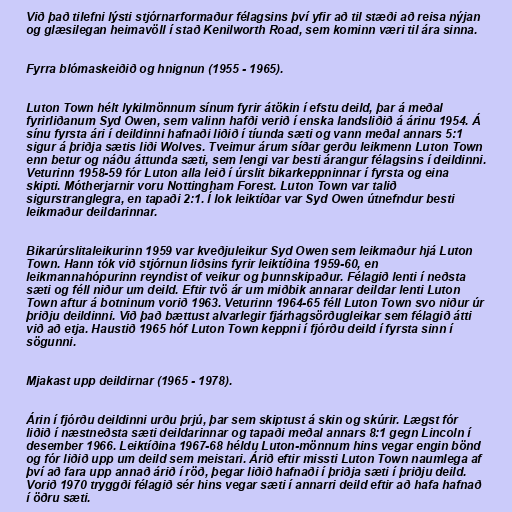
Við það tilefni lýsti stjórnarformaður félagsins því yfir að til stæði að reisa nýjan
og glæsilegan heimavöll í stað Kenilworth Road, sem kominn væri til ára sinna.

Fyrra blómaskeiðið og hnignun (1955 - 1965).

Luton Town hélt lykilmönnum sínum fyrir átökin í efstu deild, þar á meðal
fyrirliðanum Syd Owen, sem valinn hafði verið í enska landsliðið á árinu 1954. Á
sínu fyrsta ári í deildinni hafnaði liðið í tíunda sæti og vann meðal annars 5:1
sigur á þriðja sætis liði Wolves. Tveimur árum síðar gerðu leikmenn Luton Town
enn betur og náðu áttunda sæti, sem lengi var besti árangur félagsins í deildinni.
Veturinn 1958-59 fór Luton alla leið í úrslit bikarkeppninnar í fyrsta og eina
skipti. Mótherjarnir voru Nottingham Forest. Luton Town var talið
sigurstranglegra, en tapaði 2:1. Í lok leiktíðar var Syd Owen útnefndur besti
leikmaður deildarinnar.

Bikarúrslitaleikurinn 1959 var kveðjuleikur Syd Owen sem leikmaður hjá Luton
Town. Hann tók við stjórnun liðsins fyrir leiktíðina 1959-60, en
leikmannahópurinn reyndist of veikur og þunnskipaður. Félagið lenti í neðsta
sæti og féll niður um deild. Eftir tvö ár um miðbik annarar deildar lenti Luton
Town aftur á botninum vorið 1963. Veturinn 1964-65 féll Luton Town svo niður úr
þriðju deildinni. Við það bættust alvarlegir fjárhagsörðugleikar sem félagið átti
við að etja. Haustið 1965 hóf Luton Town keppni í fjórðu deild í fyrsta sinn í
sögunni.

Mjakast upp deildirnar (1965 - 1978).

Árin í fjórðu deildinni urðu þrjú, þar sem skiptust á skin og skúrir. Lægst fór
liðið í næstneðsta sæti deildarinnar og tapaði meðal annars 8:1 gegn Lincoln í
desember 1966. Leiktíðina 1967-68 héldu Luton-mönnum hins vegar engin bönd
og fór liðið upp um deild sem meistari. Árið eftir missti Luton Town naumlega af
því að fara upp annað árið í röð, þegar liðið hafnaði í þriðja sæti í þriðju deild.
Vorið 1970 tryggði félagið sér hins vegar sæti í annarri deild eftir að hafa hafnað
í öðru sæti.